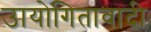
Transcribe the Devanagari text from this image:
उायोगितावादी